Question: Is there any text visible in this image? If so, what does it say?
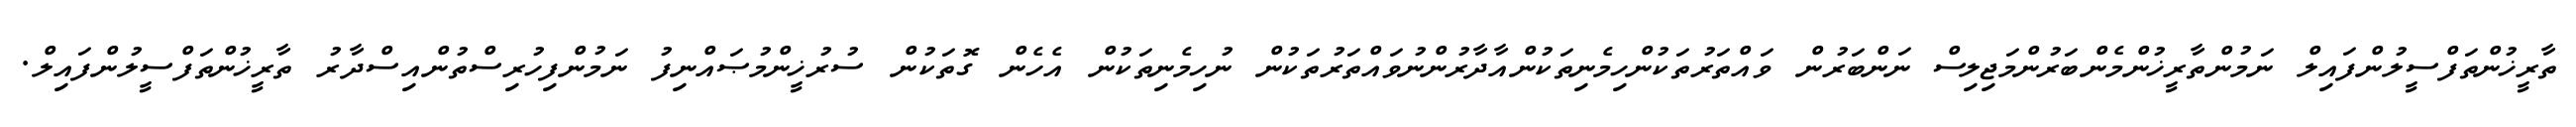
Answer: ތާރީޚުންތަފްސީލުންފައިލް ނަމުންތާރީޚުންމެންބަރުންމަޖިލިސް ނަންބަރުން ވައްތަރުތަކުންހިމެނިތަކުންއާދާރުންނުވައްތަރުތަކުން ނުހިމެނިތަކުން އެހެން ގޮތަކުން ސުރުޚީންމުޞައްނިފު ނަމުންފިހުރިސްތުންއިސްދާރު ތާރީޚުންތަފްސީލުންފައިލް.